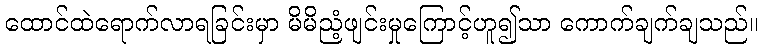
ထောင်ထဲရောက်လာရခြင်းမှာ မိမိညံ့ဖျင်းမှုကြောင့်ဟူ၍သာ ကောက်ချက်ချသည်။